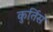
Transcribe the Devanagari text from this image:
कुर्तिस